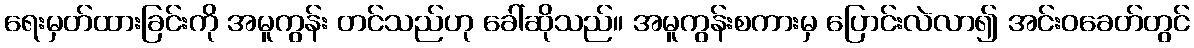
ရေးမှတ်ထားခြင်းကို အမူကွန်း တင်သည်ဟု ခေါ်ဆိုသည်။ အမူကွန်းစကားမှ ပြောင်းလဲလာ၍ အင်းဝခေတ်တွင်